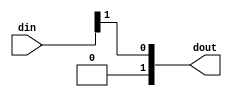
`timescale 1ns / 1ps
//////////////////////////////////////////////////////////////////////////////////
// Company: 
// Engineer: 
// 
// Design Name: 
// Module Name: myslice
// Project Name: 
// Target Devices: 
// Tool Versions: 
// Description: 
// 
// Dependencies: 
// 
// Revision:
// Revision 0.01 - File Created
// Additional Comments:
// 
//////////////////////////////////////////////////////////////////////////////////


module myslice
#(
    parameter integer IN_BITS = 1,
    parameter integer OUT_BITS = 1,
    parameter integer SLICE_BIT_HIGH = 1,
    parameter integer SLICE_BIT_LOW = 1
)
(
    input wire [IN_BITS:0] din,
    output wire [OUT_BITS:0] dout
    );
    
    assign dout = din[SLICE_BIT_HIGH:SLICE_BIT_LOW];
endmodule